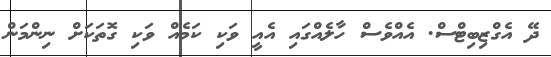
ދޭ އެގްޒިބިޓްސް. އެއްވެސް ހާލެއްގައި އެއީ ވަކި ކަމެއް ވަކި ގޮތަކަށް ނިންމަން